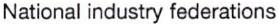
National industry federations